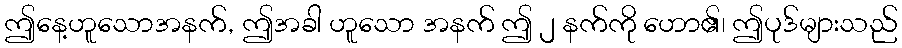
ဤနေ့ဟူသောအနက်, ဤအခါ ဟူသော အနက် ဤ ၂ နက်ကို ဟော၏၊ ဤပုဒ်များသည်